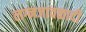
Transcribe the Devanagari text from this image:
लग्नजावळादी